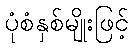
ပုံစံနှစ်မျိုးဖြင့်